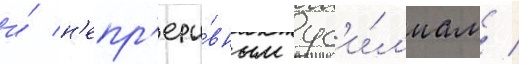
и́ н'епр'еры́вным ус'и́л'иам /